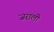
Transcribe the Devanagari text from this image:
जरालो